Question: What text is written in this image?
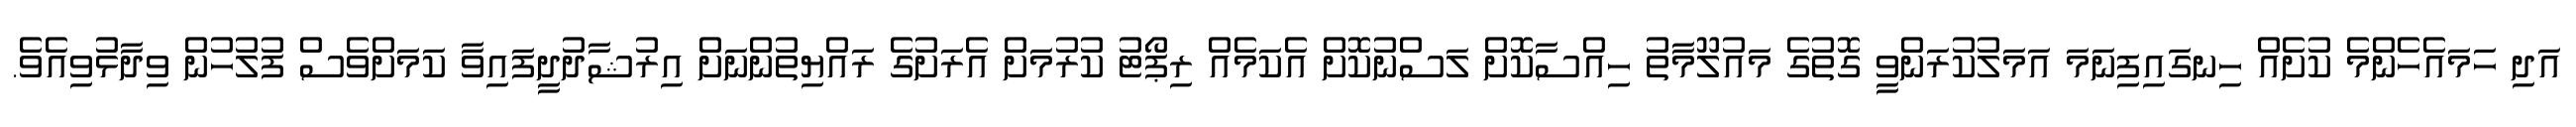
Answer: އަދި ހަމައެހެންމެ ކުށެއް ހިނގައިފިނަމަ އަމަލުކުރަންވީ ގޮތުގެ މައުލޫމާތު ހިއްސާކޮށް ލަސްނުކޮށް އެކަމެއް ރިޕޯޓު ކުރުމަށް އެރަށުގެ ރައްޔިތުންނަށް އިރުޝާދުދީފައިވާ ކަމަށްވެސް ފުލުހުން ވިދާޅުވިއެވެ.